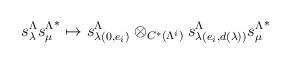
LaTeX: \begin{align*}s_\lambda^\Lambda {s_\mu^\Lambda}^*\mapsto s_{\lambda(0,e_i)}^\Lambda \otimes_{C^*(\Lambda^i)}s_{\lambda(e_i,d(\lambda))}^\Lambda {s_\mu^\Lambda}^* \end{align*}